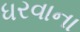
ધરવાના